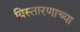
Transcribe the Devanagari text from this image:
विस्तारणाच्या